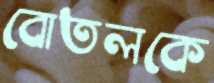
বোতলকে